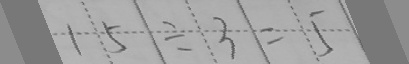
1 5 \div 3 = 5